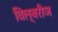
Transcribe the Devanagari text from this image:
विल्बरीज